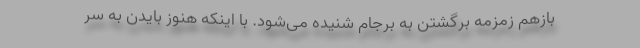
بازهم زمزمه برگشتن به برجام شنیده می‌شود. با اینکه هنوز بایدن به سر